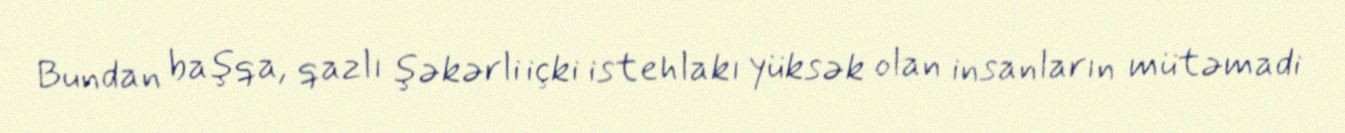
Bundan başqa, qazlı şəkərli içki istehlakı yüksək olan insanların mütəmadi